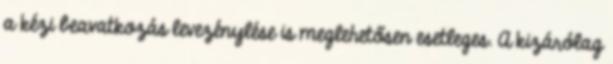
a kézi beavatkozás levezénylése is meglehetősen esetleges. A kizárólag